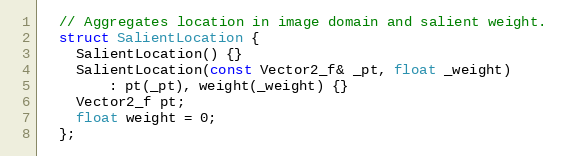
Language: C
  // Aggregates location in image domain and salient weight.
  struct SalientLocation {
    SalientLocation() {}
    SalientLocation(const Vector2_f& _pt, float _weight)
        : pt(_pt), weight(_weight) {}
    Vector2_f pt;
    float weight = 0;
  };